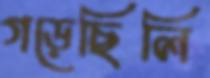
গড়েছিলি